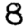
Digit: 8